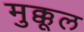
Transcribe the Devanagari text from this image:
मुक्कूल